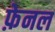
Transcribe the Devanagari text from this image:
फ़ेनल